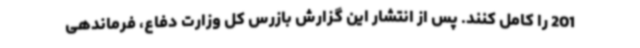
201 را کامل کنند. پس از انتشار این گزارش بازرس کل وزارت دفاع، فرماندهی